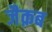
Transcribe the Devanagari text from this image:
जैक़ब